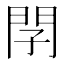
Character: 𨳕